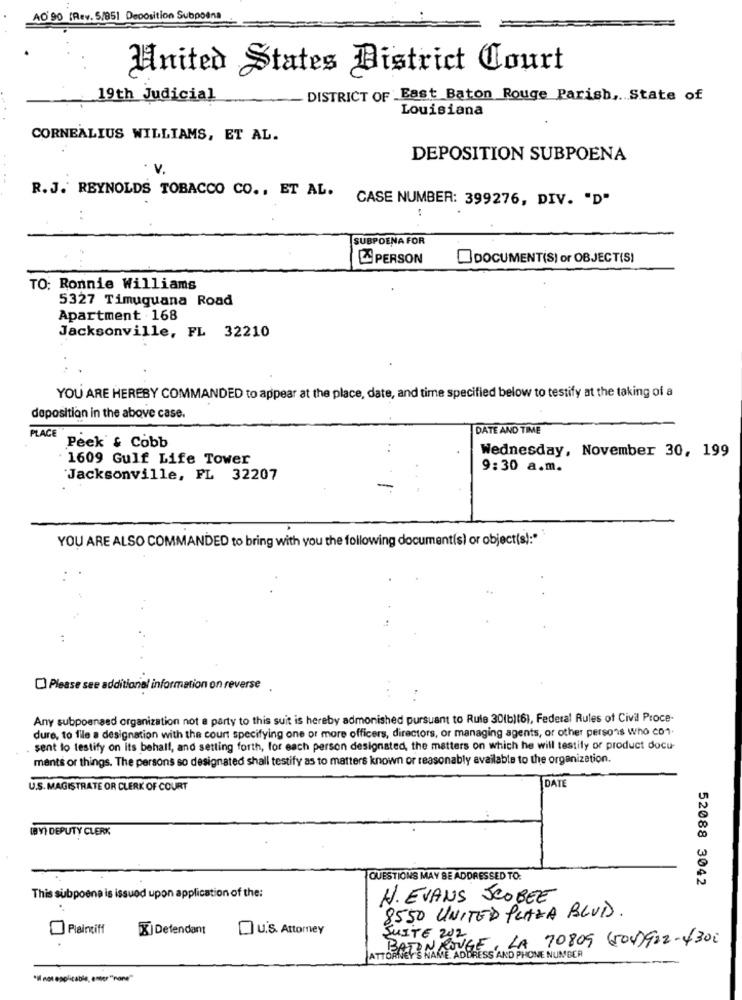
AO 90 (Rev. 5/851 Deposition Subpoena
United States District Court
19th Judicial
DISTRICT OF East Baton Rouge Parish ,. State of
Louisiana
CORNEALIUS WILLIAMS, ET AL.
DEPOSITION SUBPOENA
v.
R.J. REYNOLDS TOBACCO CO ., ET AL. CASE NUMBER: 399276, DIV. "D"
SUBPOENA FOR
PERSON
DOCUMENT(S) or OBJECTIS!
TO: Ronnie Williams
5327 Timuguana Road
Apartment . 168
Jacksonville, FL 32210
YOU ARE HEREBY COMMANDED to appear at the place, date, and time specified below to testify at the taking of a
deposition in the above case.
DATE AND TIME
PLACE
Peek' & Cobb
Wednesday, November 30, 199
1609 Gulf Life Tower
9:30 a.m.
Jacksonville, FL 32207
YOU ARE ALSO COMMANDED to bring with you the following document(s) or object(s):"
C) Please see additional information on reverse
Any subpoenaed organization not a party to this suit is hereby admonished pursuant to Rule 30(b)(6), Federal Rules of Civil Proce-
dure, to file a designation with the court specifying one or more officers, directors, or managing agents, or other persons who co1.
sent to testify on its behalf, and setting forth, for each person designated, the matters on which he will testify or product docu-
ments or things. The persons so designated shall testify as to matters known or reasonably available to the organization.
DAT
U.S. MAGISTRATE OR CLERK OF COURT
(BV) DEPUTY CLERK
QUESTIONS MAY BE ADDRESSED TO.
52088 3042
This subpoena is issued upon application of the:
H.EVANS SCOBEE
8550 UNITED PLAZA BLUD.
Plaintiff
X Defendant
OU'S. Attomey
SUITE 202
BATONROUGE, LA 70809 (504)922-4300
ATTORNEY'S NAME, ADDRESS AND PHONE NUMBER
"il not applicable, enter "none"